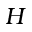
H